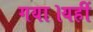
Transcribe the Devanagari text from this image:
गया।यहीं